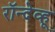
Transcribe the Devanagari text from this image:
रॉन्देव्हू